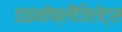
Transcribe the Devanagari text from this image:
डाइनोफ्लैजिलेट्स